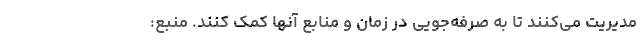
مدیریت می‌کنند تا به صرفه‌جویی در زمان و منابع آنها کمک کنند. منبع: